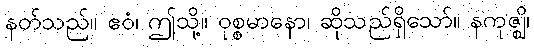
နတ်သည်။ ဧဝံ၊ ဤသို့။ ဝုစ္စမာနော၊ ဆိုသည်ရှိသော်။ နကုဇ္ဈိ၊